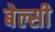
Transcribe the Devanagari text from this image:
बेल्सी